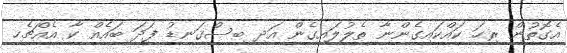
އެގޮތުން ރިހަ ކައްކައިގެންނާ ތެލުލައިގެން އަދި ބިސްގަނޑު ފަދަ ބައެއް ކާ އެއްޗެހި